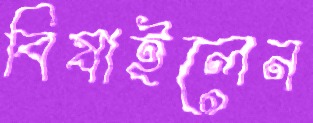
বিষাইলেন